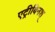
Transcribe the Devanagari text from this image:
एट्रीबिनश्